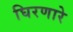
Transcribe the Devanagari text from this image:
घिरणारे